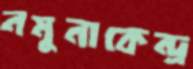
নমুনাকেন্দ্র